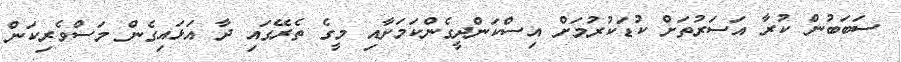
ސަބަބުން ކުރާ އަސަރުތަށް ކުޑަކުރުމަށް އިސްކަންދީގެންކަމަށާއި މީގެ ތެރޭގައި ދާ އަޅައިގެން މަސްވެރިކަން